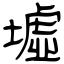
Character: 墟